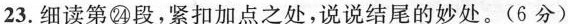
23.细读第㉔段，紧扣加点之处，说说结尾的妙处。(6分)